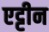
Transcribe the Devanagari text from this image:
एट्टीन